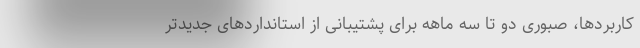
کاربردها، صبوری دو تا سه ماهه برای پشتیبانی از استانداردهای جدیدتر